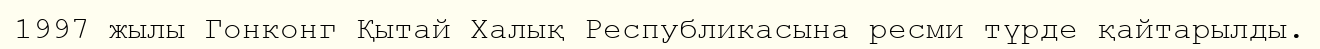
1997 жылы Гонконг Қытай Халық Республикасына ресми түрде қайтарылды.